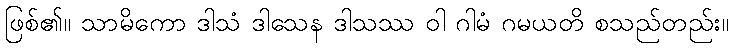
ဖြစ်၏။ သာမိကော ဒါသံ ဒါသေန ဒါသဿ ဝါ ဂါမံ ဂမယတိ စသည်တည်း။